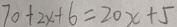
7 0 + 2 x + 6 = 2 0 x + 5